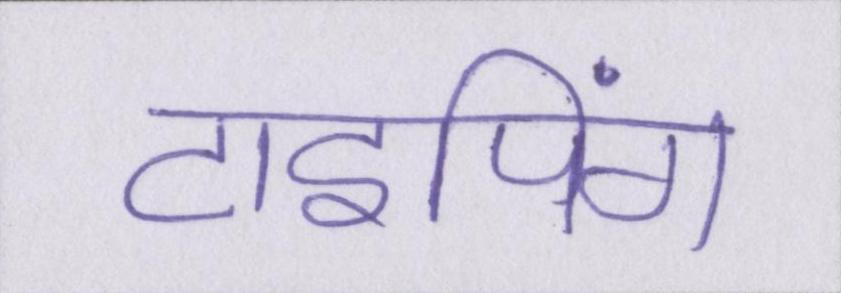
टाइपिंग